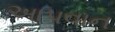
આપવાન